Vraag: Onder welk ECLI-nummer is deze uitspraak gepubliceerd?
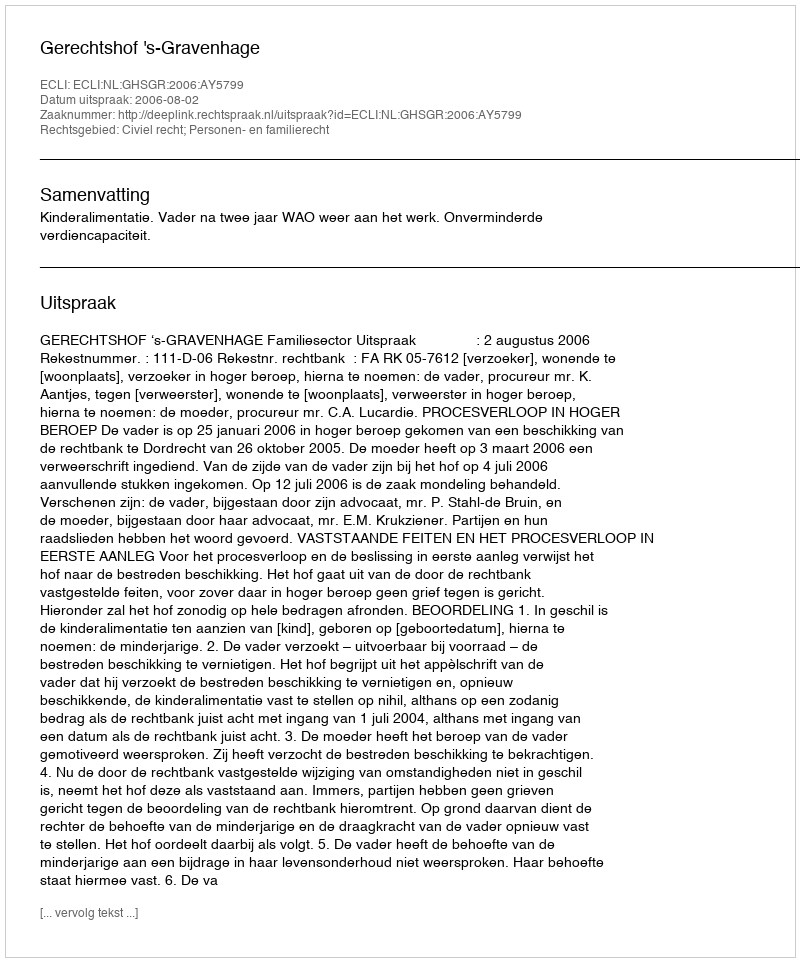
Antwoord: ECLI:NL:GHSGR:2006:AY5799